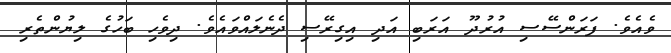
ވެއެވެ. ފަރަންސޭސި އުރުދޫ އަރަބި އަދި އިގިރޭސި ދެނެލައްވައެވެ. ދިވެހި ބަހުގެ ލިޔުންތެރި